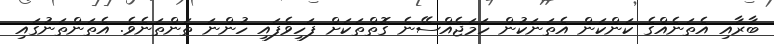
ބާރާއި އެތަނެއްގެ ކަންކަން އެތަނަކުން ހަމަޖެއްސޭނެ ގޮތްތަކަށް ފަހިވެފައި ހުންނަ ތަންތަނެވެ. އެތަންތަނުގައި